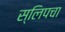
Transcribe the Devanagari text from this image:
स्लिपचा